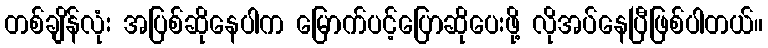
တစ်ချိန်လုံး အပြစ်ဆိုနေပါက မြောက်ပင့်ပြောဆိုပေးဖို့ လိုအပ်နေပြီဖြစ်ပါတယ်။